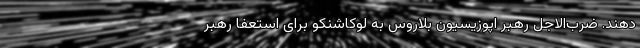
دهند. ضرب‌الاجل رهبر اپوزیسیون بلاروس به لوکاشنکو برای استعفا رهبر